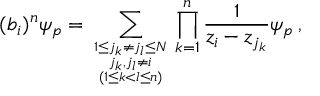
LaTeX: ( b _ { i } ) ^ { n } \psi _ { p } = \sum _ { { { 1 \leq j _ { k } \neq j _ { l } \leq N \atop j _ { k } , j _ { l } \neq i } \atop ( 1 \leq k < l \leq n ) } } \prod _ { k = 1 } ^ { n } \frac { 1 } { z _ { i } - z _ { j _ { k } } } \psi _ { p } \, ,